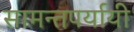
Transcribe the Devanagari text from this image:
सामन्तपर्यायी